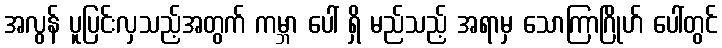
အလွန် ပူပြင်းလှသည့်အတွက် ကမ္ဘာ ပေါ် ရှိ မည်သည့် အရာမှ သောကြာဂြိုဟ် ပေါ်တွင်